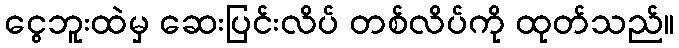
ငွေဘူးထဲမှ ဆေးပြင်းလိပ် တစ်လိပ်ကို ထုတ်သည်။